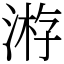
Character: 𣸯